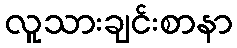
လူသားချင်းစာနာ